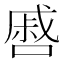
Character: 㗤